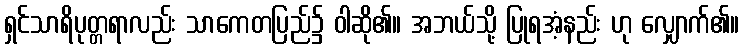
ရှင်သာရိပုတ္တရာလည်း သာကေတပြည်၌ ဝါဆို၏။ အဘယ်သို့ ပြုရအံ့နည်း ဟု လျှောက်၏။